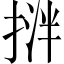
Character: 𢯝